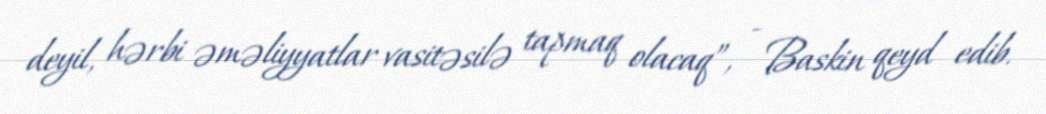
deyil, hərbi əməliyyatlar vasitəsilə tapmaq olacaq”, - Baskin qeyd edib.